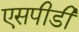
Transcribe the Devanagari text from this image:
एसपीडी